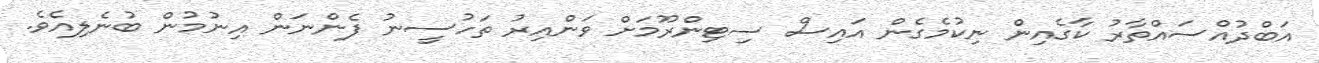
އަބްދުއްސައްތާރު ކާގެއިން ނިކުމެގެން އައިސް ސިޓިންރޫމަށް ވަންއިރު ތަހުސީނު ފެންނަން އިނުމުން ބުނެލިއެވެ.